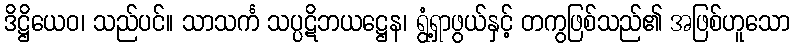
ဒိဋ္ဌိယေဝ၊ သည်ပင်။ သာသင်္က သပ္ပဋိဘယဋ္ဌေန၊ ရွံ့ရှာဖွယ်နှင့် တကွဖြစ်သည်၏ အဖြစ်ဟူသော